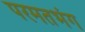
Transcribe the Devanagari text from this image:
परमतभंग